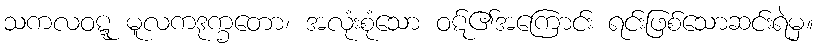
သကလဝဋ္ဋ မူလကဒုက္ခတော၊ အလုံးစုံသော ဝဋ်၏အကြောင်း ရင်းဖြစ်သောဆင်းရဲမှ။